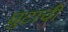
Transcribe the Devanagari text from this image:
घुटाची